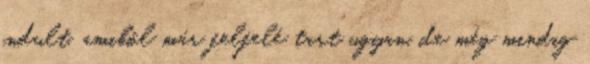
indult, amiből már felfelé tart ugyan, de még mindig